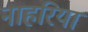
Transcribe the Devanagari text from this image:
नाहरिया